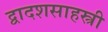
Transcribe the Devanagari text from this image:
द्वादशसाहस्त्री